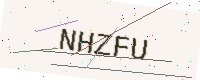
Text: NHZFU